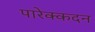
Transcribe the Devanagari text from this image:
पारेक्कदन